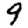
Digit: 9